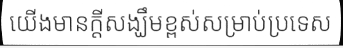
យើងមានក្តីសង្ឃឹមខ្ពស់សម្រាប់ប្រទេស